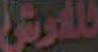
التوني